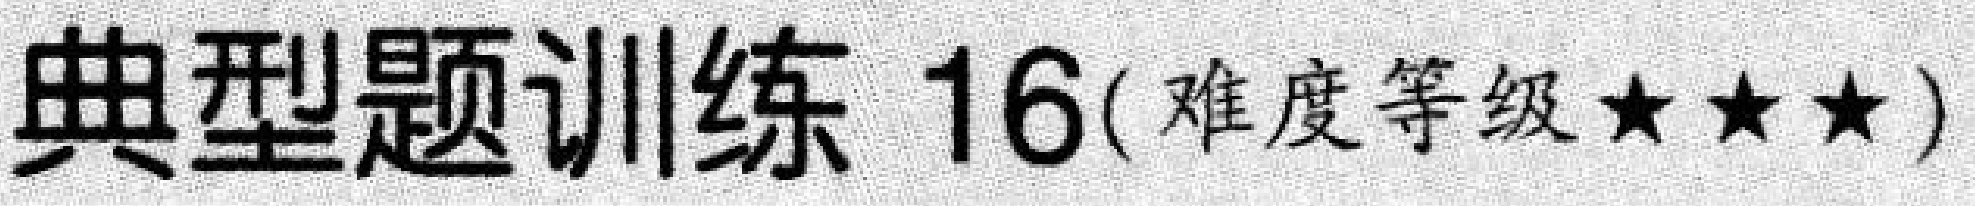
典型题训练 16(难度等级$\star\star\star$)